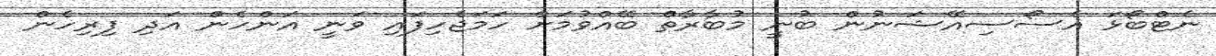
ނެޓްބޯޅަ އެސޯސިއޭޝަނުން ބުނީ މުބާރާތް ބޭއްވުމަށް ހަމަޖެހިފައި ވަނީ އަންހެން އަދި ފިރިހެން